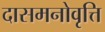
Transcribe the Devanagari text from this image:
दासमनोवृत्ति